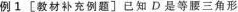
例1[教材补充例题]已知D是等腰三角形